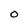
Character: O